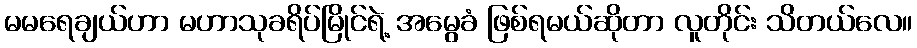
မမရေချယ်ဟာ မဟာသုခရိပ်မြိုင်ရဲ့ အမွေခံ ဖြစ်ရမယ်ဆိုတာ လူတိုင်း သိတယ်လေ။